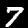
Label: 7